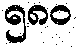
၅၈၀